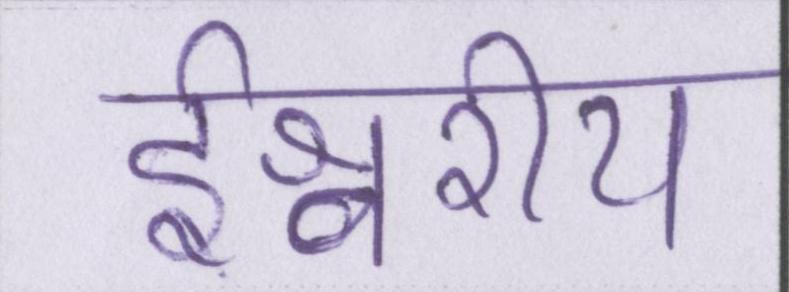
ईश्वरीय